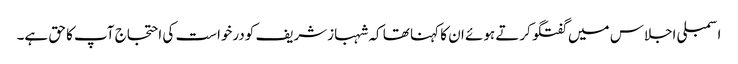
اسمبلی اجلاس میں گفتگو کرتے ہوئے ان کا کہنا تھا کہ شہبازشریف کودرخواست کی احتجاج آپ کا حق ہے۔